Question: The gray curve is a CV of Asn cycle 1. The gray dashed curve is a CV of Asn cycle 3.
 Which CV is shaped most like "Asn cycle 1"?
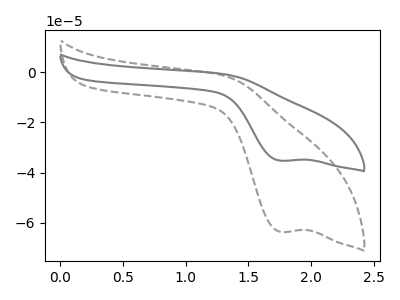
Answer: <think>The gray curve "Asn cycle 1" has a cathodic peak at: (1.75V, -35.30uA). The gray dashed curve "Asn cycle 3" has a cathodic peak at: (1.75V, -63.65uA).
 All the peaks in "Asn cycle 1" have a peak in "Asn cycle 3" at the same potential. Every peak in "Asn cycle 1" is lower than every peak in "Asn cycle 3".</think>
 <answer>The CV with the most similar shape to "Asn cycle 3" is "Asn cycle 1".</answer>
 <eval>"Asn cycle 1"</eval>